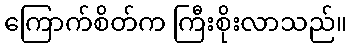
ကြောက်စိတ်က ကြီးစိုးလာသည်။